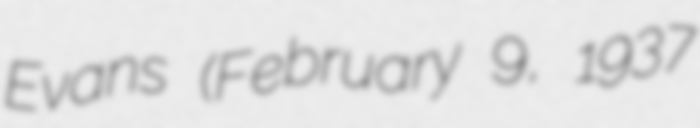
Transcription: Evans (February 9, 1937